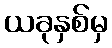
ယခုနှစ်မှ